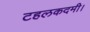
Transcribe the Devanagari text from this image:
टहलकदमी।